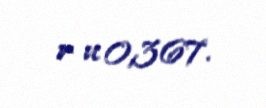
r u 0,367.